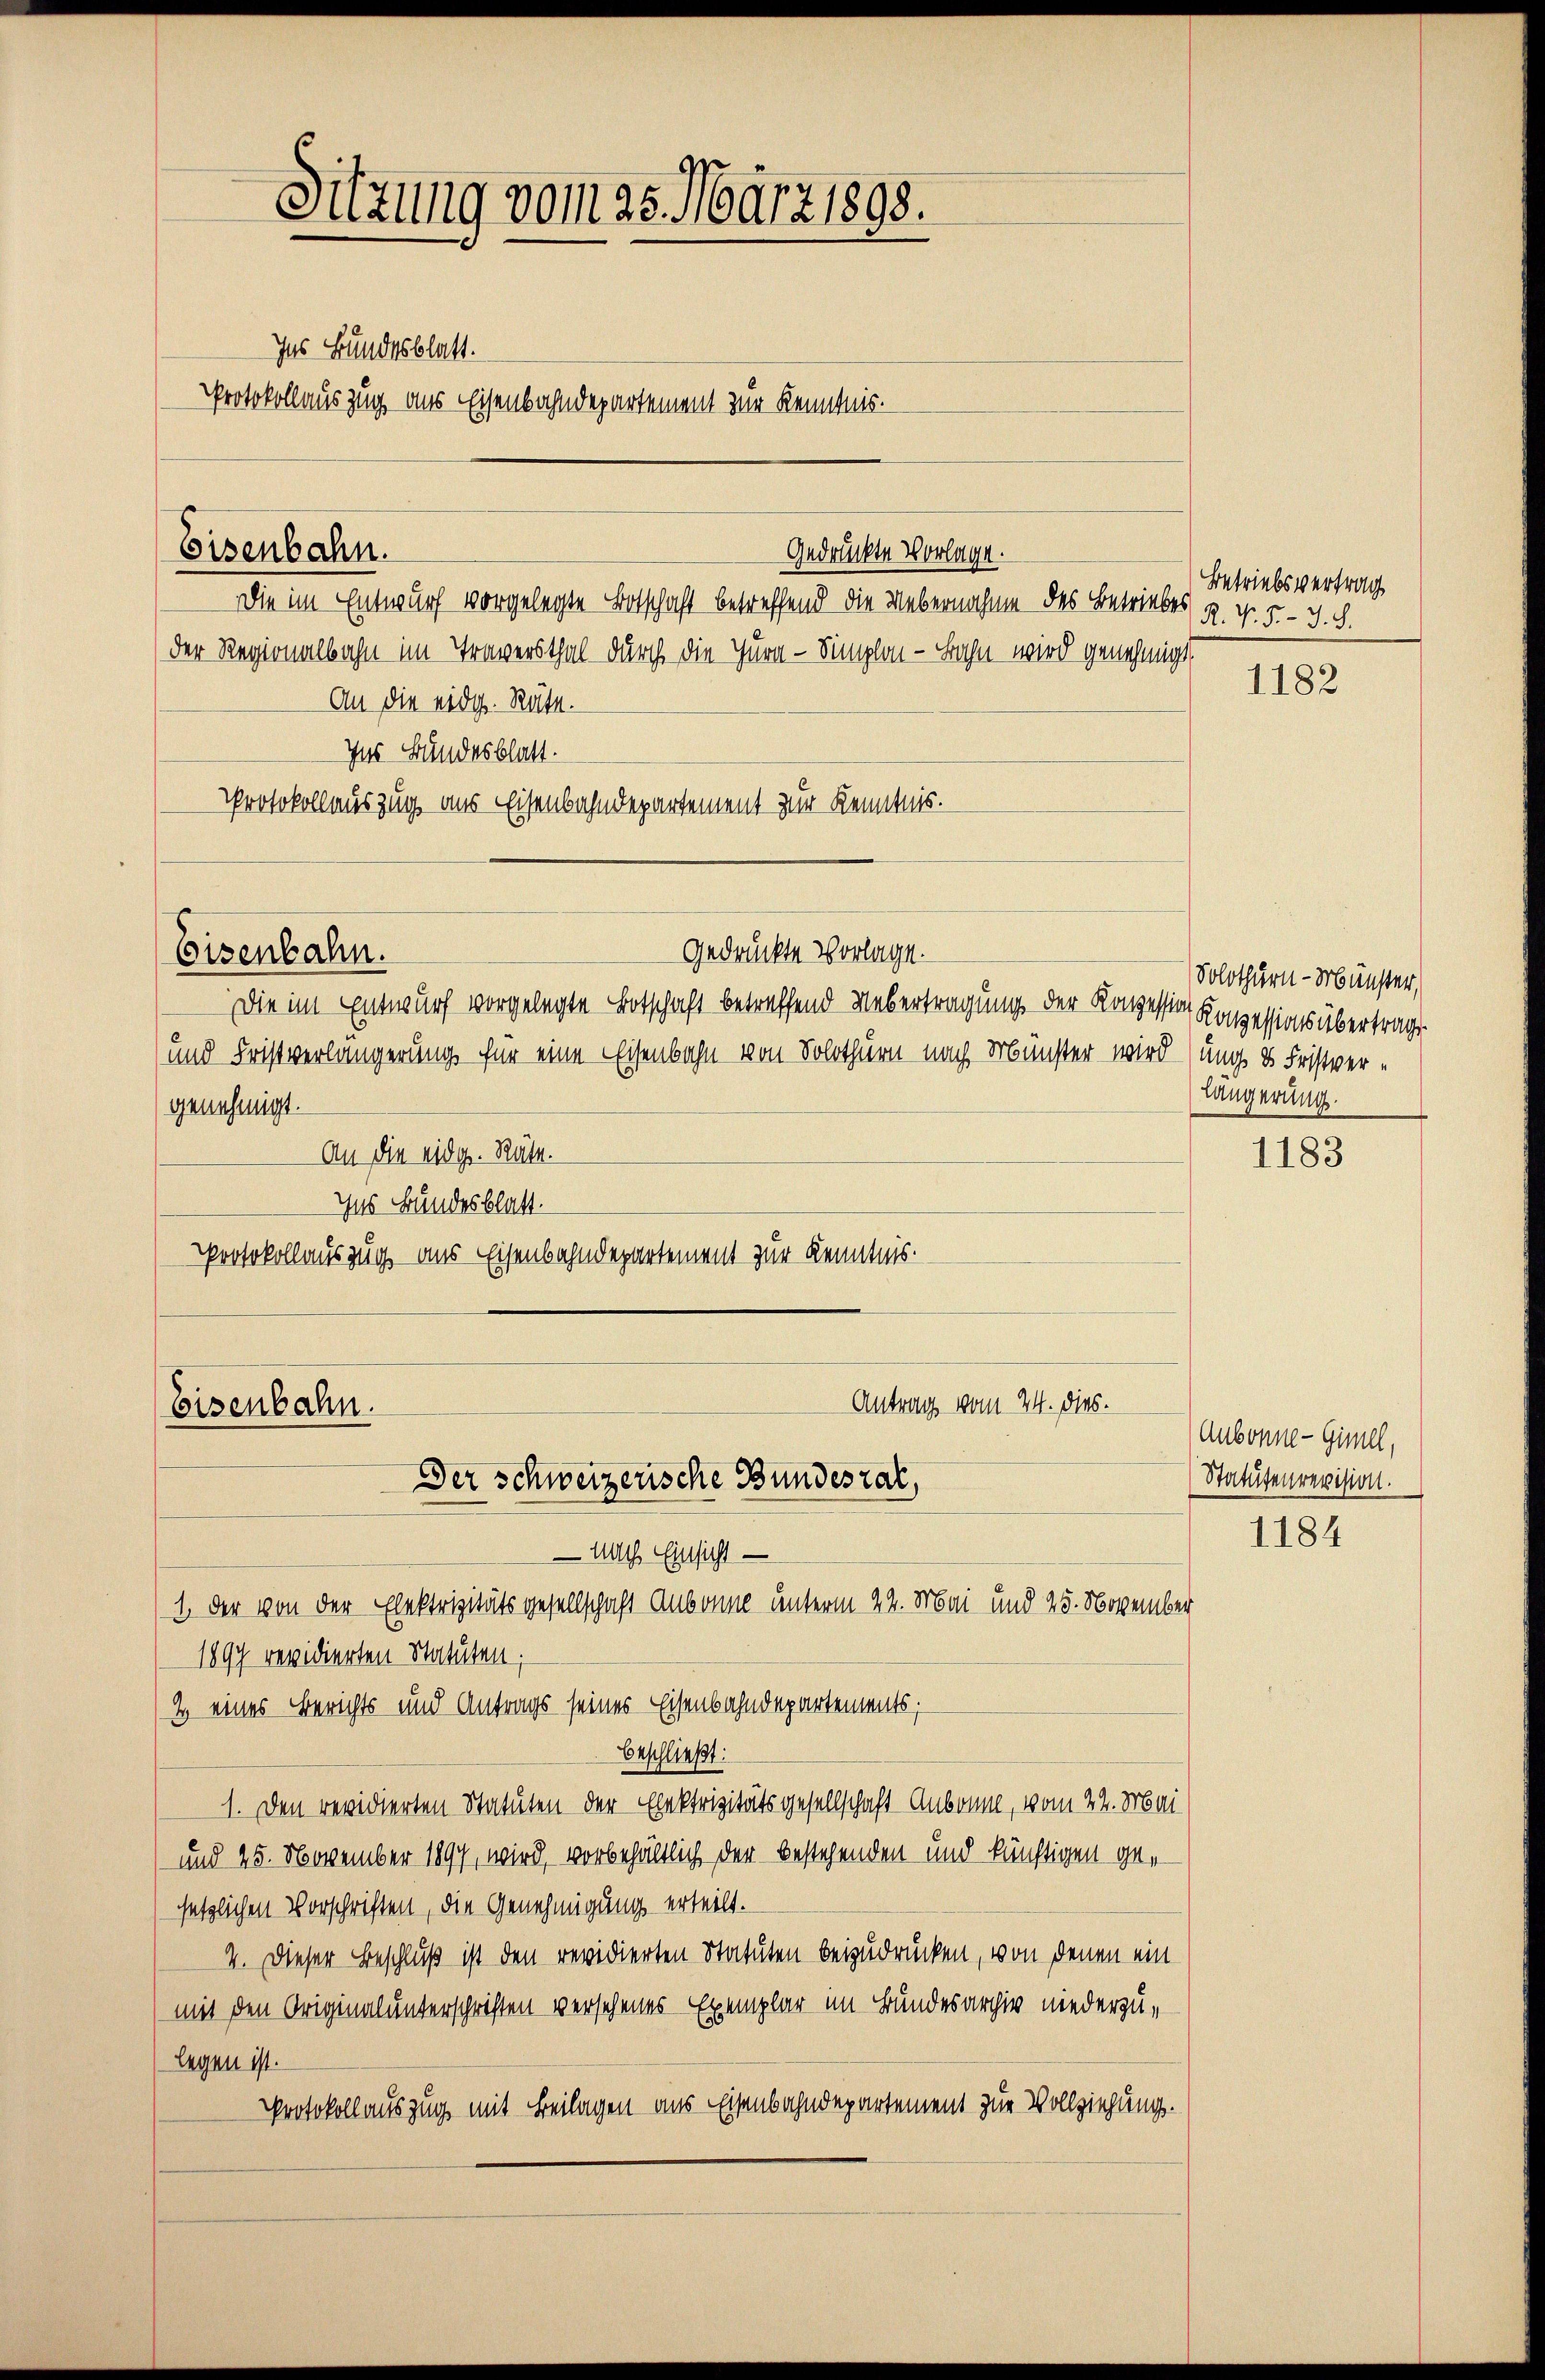
Sitzung vom 25. März 1898.
Ins Bundesblatt.
Protokollauszug aus Eisenbahndepartement zur Kenntnis.

Eisenbahn.

Eisenbahn.

Die im Entwurf vorgelegte Botschaft betreffend Uebertragung der Konzession Konzessions übertrage
und Fristverlängerung für eine Eisenbahn von Solothurn nach Münster wird (ung ds Fristvergenehmigt.
 An die eidg. Räte.
Ins Bundesblatt.
Protokollauszug aus Eisenbahndepartement zur Kenntnis.

Die im Entwurf vorgelegte Botschaft betreffend die Uebernahme des Betriebes
der Regionalbahn im Traversthal durch die Jura - Simplon - Bahn wird genehmigt
An die eidg. Räte.
Ins Bundesblatt.
Protokollauszug aus Eisenbahndepartement zur Kenntnis.

Gedrückte Vorlage.

Gedrückte Vorlage.

Antrag vom 24. dies.
Eisenbahn.
Der Schweizerische Bundestal,

- nach Einsicht —
1. der von der Elektrizitätsgesellschaft Aubonne unterm 22. Mai und 25. November
1897 revidierten Statuten;
2 eines Berichts und Antrags seines Eisenbahndepartements;
beschließt:
1. Den revidierten Statuten der Elektrizitätsgesellschaft Anbonne, vom 22. Mai
und 25. November 1897, wird, vorbehältlich der bestehenden und künftigen gesetzlichen Vorschriften, die Genehmigung erteilt.
4. Dieser Beschluß ist den revidierten Statuten beizudrücken, von denen ein
mit den Originalunterschriften versehenes Exemplar im Bundesarchiv niederzulegen ist.
Protokoll auszug mit Beilagen aus Eisenbahndepartement zur Vollziehung.

Betriebsvertrag
R. V. 5.- J. S.

1182

Solothurn - Münster,
Längerung.

1183

Aubonne-Gimel,
Statutenrevision.

1184